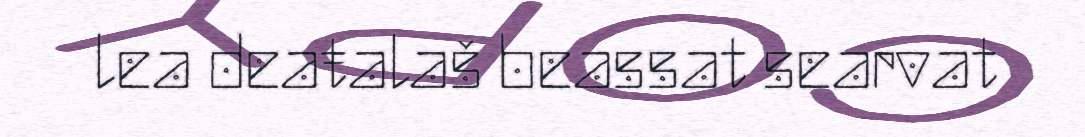
lea deaŧalaš beassat searvat